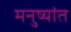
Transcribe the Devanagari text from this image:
मनुष्यांत